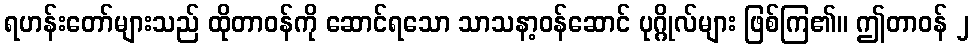
ရဟန်းတော်များသည် ထိုတာဝန်ကို ဆောင်ရသော သာသနာ့ဝန်ဆောင် ပုဂ္ဂိုလ်များ ဖြစ်ကြ၏။ ဤတာဝန် ၂